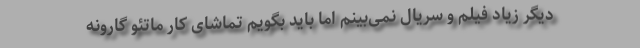
دیگر زیاد فیلم و سریال نمی‌بینم اما باید بگویم تماشای کار ماتئو گارونه